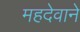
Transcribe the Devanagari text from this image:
महदेवाने